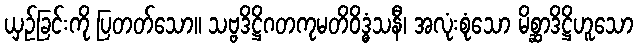
ယှဉ်ခြင်းကို ပြတတ်သော။ သဗ္ဗဒိဋ္ဌိဂတကုမတိဝိဒ္ဓံသနီ၊ အလုံးစုံသော မိစ္ဆာဒိဋ္ဌိဟူသော